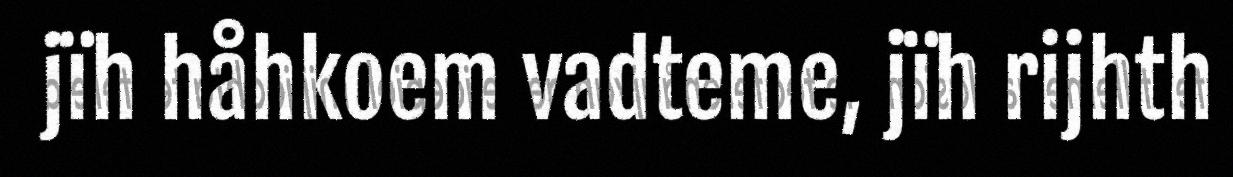
jïh håhkoem vadteme, jïh rijhth